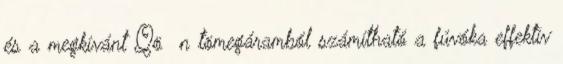
és a megkívánt Qö n tömegáramból számítható a fúvóka effektív